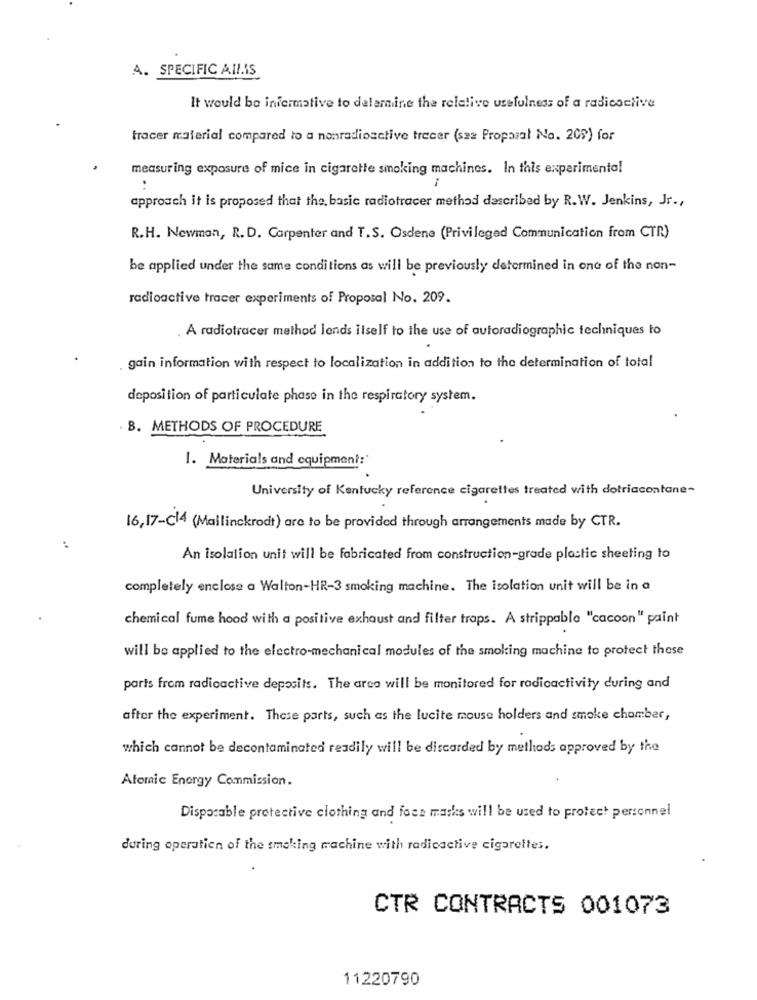
A. SPECIFIC AILIS
It would be informative to delemine the relative usefulness of a radicactive
tracer material compared to a nonradioactive trecer (saa Proposal No. 209) for
measuring exposure of mice in cigarette smoking machines. In this experimental
..
approach it is proposed that the, basic radiotracer method described by R.W. Jenkins, Jr .,
R.H. Newman, R. D. Carpenter and T.S. Osdene (Privileged Communication from CTR)
be applied under the same conditions as will be previously determined in one of the non-
radioactive tracer experiments of Proposal No. 209.
. A radiotracer method lends itself to the use of autoradiographic techniques to
gain information with respect to localization in addition to the determination of total
deposition of particulate phase in the respiratory system.
B. METHODS OF PROCEDURE
1. Materials and equipment:'
University of Kentucky reference cigarettes treated with dotriacontane-
16,17-c14 (Mallinckrodt) are to be provided through arrangements made by CTR.
:
An isolation unit will be fabricated from construction-grade plastic sheeting to
completely enclose a Walton-HR-3 smoking machine. The Isolation unit will be in a
chemical fume hood with a positive exhaust and filter traps. A strippable "cacoon" paint
will be applied to the electro-mechanical modules of the smoking machine to protect these
parts from radioactive deposits. The area will be monitored for radioactivity during and
after the experiment. These parts, such as the lucite mouse holders and smoke chamber,
which cannot be decontaminated readily will be discarded by methods approved by the
Atomic Energy Commission.
Disposable protective clothing and face masks will be used to protect personnel
during operation of the smoking machine with radioactive cigarettes.
CTR CONTRACTS 001073
11220790